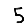
Digit: 5